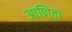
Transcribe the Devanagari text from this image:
आणिता